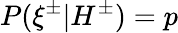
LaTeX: P(\xi^{\pm}|H^{\pm})=p